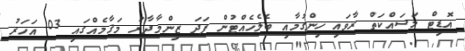
އޮޑިޓް މަސައްކަތް ރާވައި ހިންގުމާއި ބެލެހެއްޓުން ފަދަ ޒިންމާދާރު މަޤާމެއްގައި 03 އަހަރު